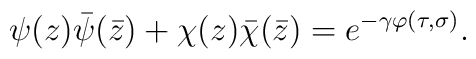
\psi(z)\bar\psi(\bar z)+\chi(z)\bar\chi(\bar z)=e^{-\gamma \varphi(\tau, \sigma)}.